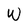
Character: W